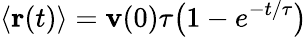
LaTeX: \langle\mathbf{r}(t)\rangle=\mathbf{v}(0)\tau{\big(}1-e^{-t/\tau}{\big)}